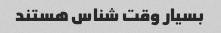
بسیار وقت شناس هستند